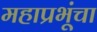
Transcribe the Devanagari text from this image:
महाप्रभूंचा